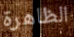
الظاهرة